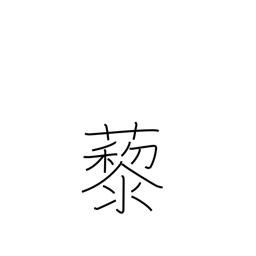
Meaning: wild spinach